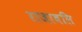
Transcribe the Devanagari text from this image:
राजाबलि